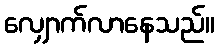
လျှောက်လာနေသည်။